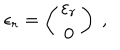
LaTeX: \epsilon _ { r } = \left( \begin{array} { c } { { \varepsilon _ { r } } } \\ { { 0 } } \\ \end{array} \right) \ ,